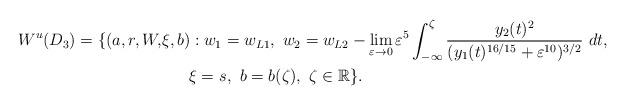
LaTeX: \begin{align*}\begin{aligned}W^u(D_3)=\{(a,r,W,& \xi,b): w_1=w_{L1}, \ w_2=w_{L2}-\lim_{\varepsilon\rightarrow 0} \varepsilon^5 \int_{-\infty}^{\zeta} \frac{y_2(t)^2}{(y_1(t)^{16/15}+\varepsilon^{10})^{3/2}}\ dt, \\ & \ \ \ \ \ \xi=s_{}, \ b=b(\zeta), \ \zeta\in\mathbb{R}\}.\end{aligned}\end{align*}